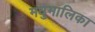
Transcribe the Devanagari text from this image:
मधुमालिका